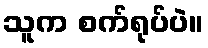
သူက စက်ရုပ်ပဲ။